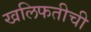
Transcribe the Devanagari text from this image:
खलिफतीची